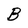
Character: B